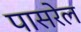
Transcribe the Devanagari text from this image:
पासरेल